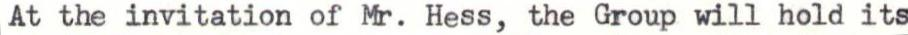
At the invitation of Mr. Hess, the Group will hold its